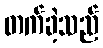
တက်ခဲ့သည်